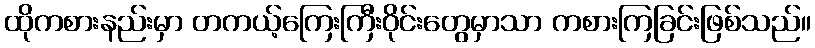
ထိုကစားနည်းမှာ တကယ့်ကြေးကြီးဝိုင်းတွေမှာသာ ကစားကြခြင်းဖြစ်သည်။